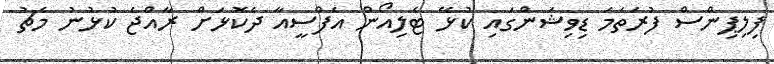
ފިލިޕިންސް ފުރަތަމަ ޑިވިޝަންގައި ކުޅޭ ޓެލިއޯން އެފްސީއާ ދެކޮޅަށް ރާއްޖެ ކުޅުނު މެޗު